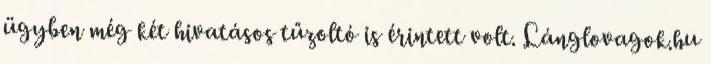
ügyben még két hivatásos tűzoltó is érintett volt. Lánglovagok.hu